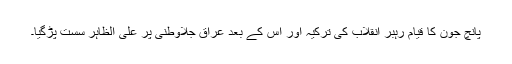
پانچ جون کا قیام رہبر انقلاب کی ترکیہ اور اس کے بعد عراق جلاوطنی پر علی الظاہر سست پڑگیا۔